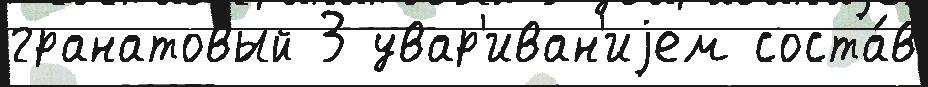
гранатовый 3 увар'иван'иjем соста́в